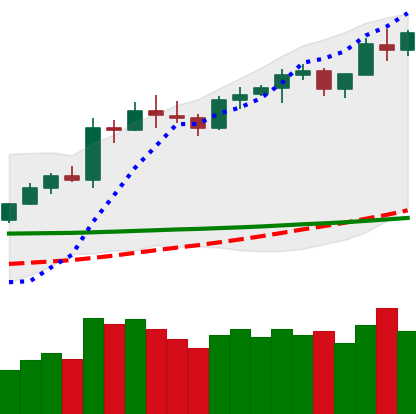
Ticker: LTC-USD
Chart end date: 2020-02-14
Forward return: -14.284%
Label: down_7plus